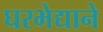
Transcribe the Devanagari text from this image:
घरभेद्याने